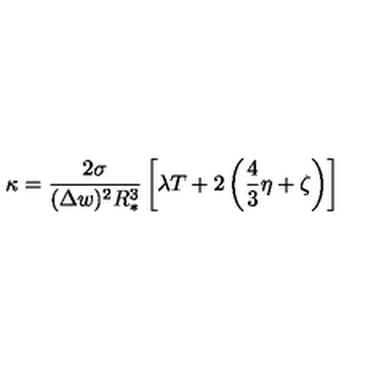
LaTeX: \kappa = \frac { 2 \sigma } { ( \Delta w ) ^ { 2 } R _ { * } ^ { 3 } } \left[ \lambda T + 2 \left( \frac { 4 } { 3 } \eta + \zeta \right) \right]